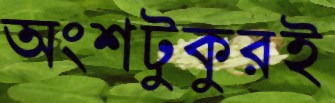
অংশটুকুরই